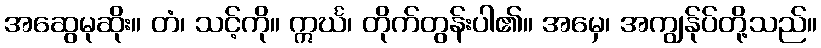
အဆွေမုဆိုး။ တံ၊ သင့်ကို။ ဣင်္ဃ၊ တိုက်တွန်းပါ၏။ အမှေ၊ အကျွန်ုပ်တို့သည်။